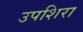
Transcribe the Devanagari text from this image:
उपशिरा